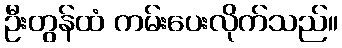
ဦးတွန်ထံ ကမ်းပေးလိုက်သည်။